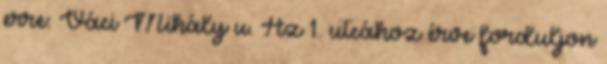
erre: Váci Mihály u. Az 1. utcához érve forduljon